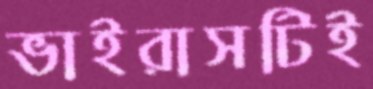
ভাইরাসটিই